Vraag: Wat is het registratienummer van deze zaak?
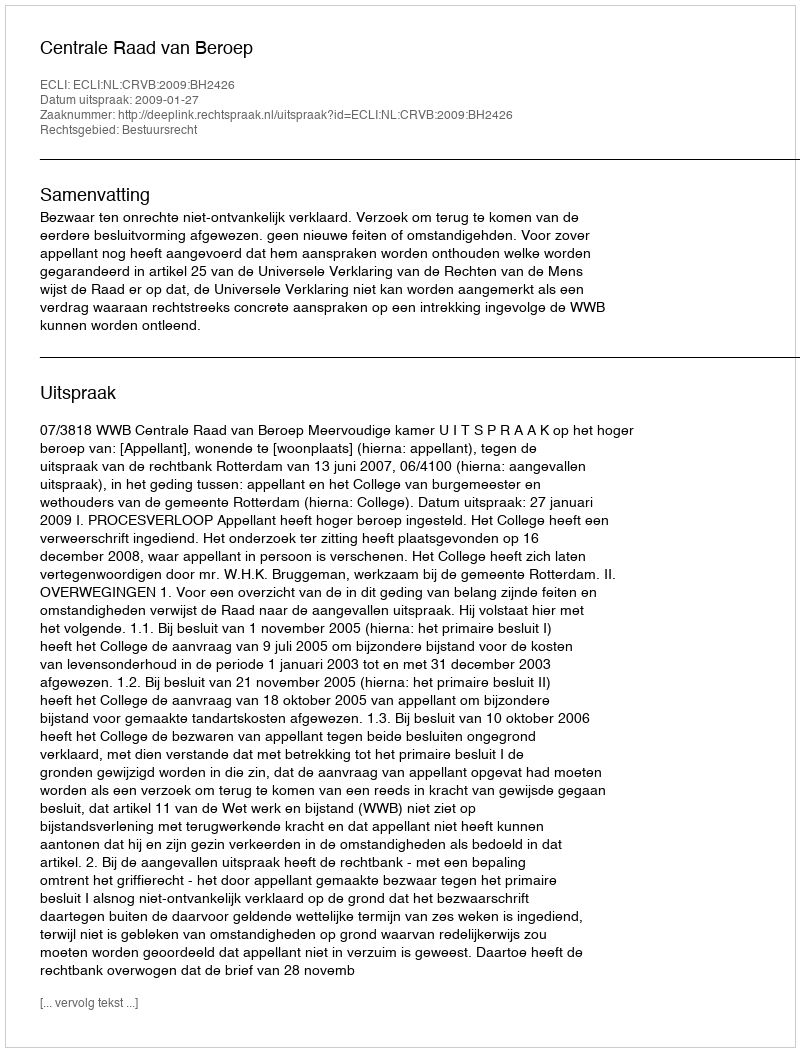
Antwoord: http://deeplink.rechtspraak.nl/uitspraak?id=ECLI:NL:CRVB:2009:BH2426